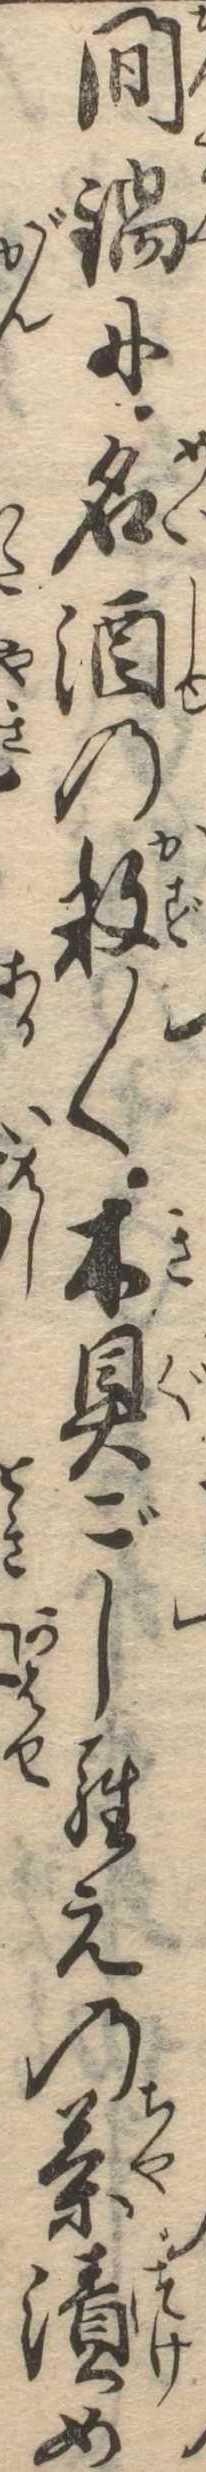
間鍋に名酒の数〱木具ごしらえの茶漬め